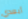
أبعدي